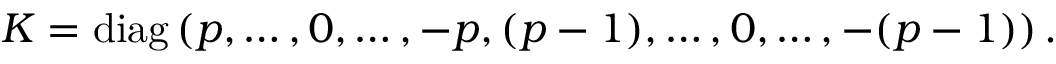
K = \mathrm { d i a g } \left( p , \ldots , 0 , \ldots , - p , ( p - 1 ) , \ldots , 0 , \ldots , - ( p - 1 ) \right) .